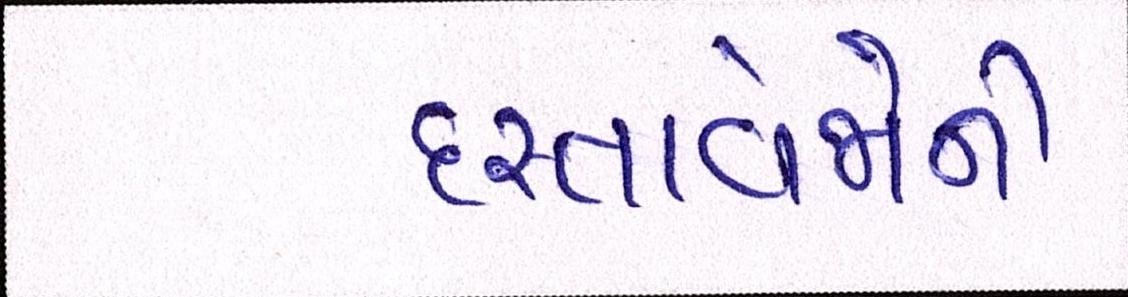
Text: દસ્તાવેજોની